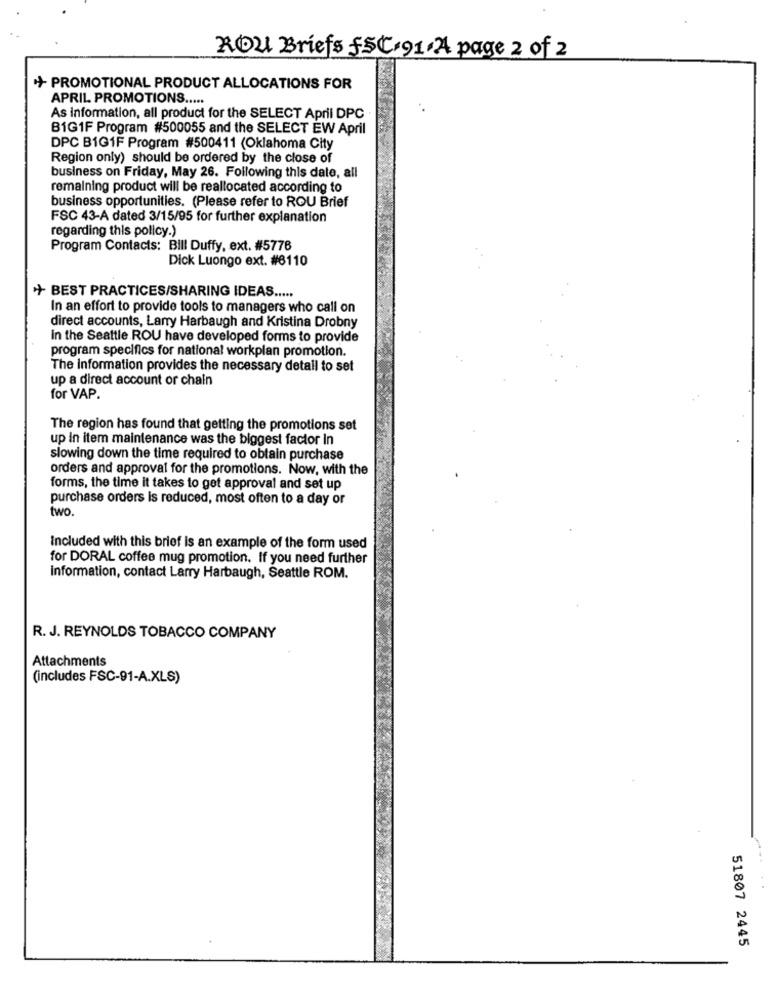
ROu Briefs fSC.91.A page 2 of 2
++ PROMOTIONAL PRODUCT ALLOCATIONS FOR
APRIL PROMOTIONS .....
As information, all product for the SELECT April DPC
B1G1F Program #500055 and the SELECT EW April
DPC B1G1F Program #500411 (Oklahoma City
Region only) should be ordered by the close of
business on Friday, May 26. Following this date, all
remaining product will be reallocated according to
business opportunities. (Please refer to ROU Brief
FSC 43-A dated 3/15/95 for further explanation
regarding this policy.)
Program Contacts: Bill Duffy, ext. #5776
Dick Luongo ext. #6110
+ BEST PRACTICES/SHARING IDEAS .....
In an effort to provide tools to managers who call on
direct accounts, Larry Harbaugh and Kristina Drobny
in the Seattle ROU have developed forms to provide
program specifics for national workplan promotion.
The Information provides the necessary detall to set
up a direct account or chain
for VAP.
The region has found that getting the promotions set
up In item maintenance was the biggest factor in
slowing down the time required to obtain purchase
orders and approval for the promotions. Now, with the
forms, the time it takes to get approval and set up
purchase orders is reduced, most often to a day or
two.
Included with this brief is an example of the form used
for DORAL coffee mug promotion. If you need further
Information, contact Larry Harbaugh, Seattle ROM.
R. J. REYNOLDS TOBACCO COMPANY
Attachments
(includes FSC-91-A.XLS)
51807 2445